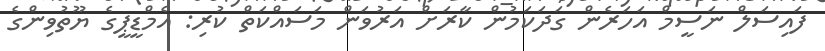
ފައިސަލް ނަސީމް އަހަރެން ގަދަކަމުން ކާރަށް އަރުވަން މަސައްކަތް ކުރި: އެމްޑީޕީގެ ޔޫތުވިންގެ